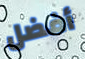
أفضل